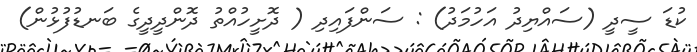
ކުޑަ ސީދީ (ސައްޔިދު އަހުމަދު) : ސަންފައިދި ( ދޮށީހުއްތު ދޮންދީދީގެ ބަނޑުފުޅުން)